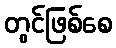
တွင်ဖြစ်စေ